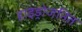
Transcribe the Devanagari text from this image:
हाइड्रोजनित